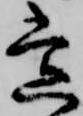
常